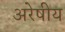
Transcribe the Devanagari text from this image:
अरेषीय